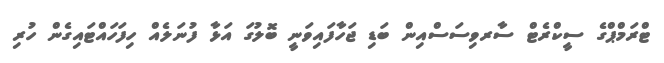
ޓްރަމްޕްގެ ސީކްރެޓް ސާރވިސަސްއިން ބަޑި ޖަހާފައިވަނީ ބޮލުގަ އަޅާ ފުނަލެއް ހިފަހައްޓައިގެން ހުރި